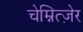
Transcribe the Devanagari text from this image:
चेम्नित्ज़ेर